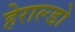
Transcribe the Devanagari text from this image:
हेराल्डो